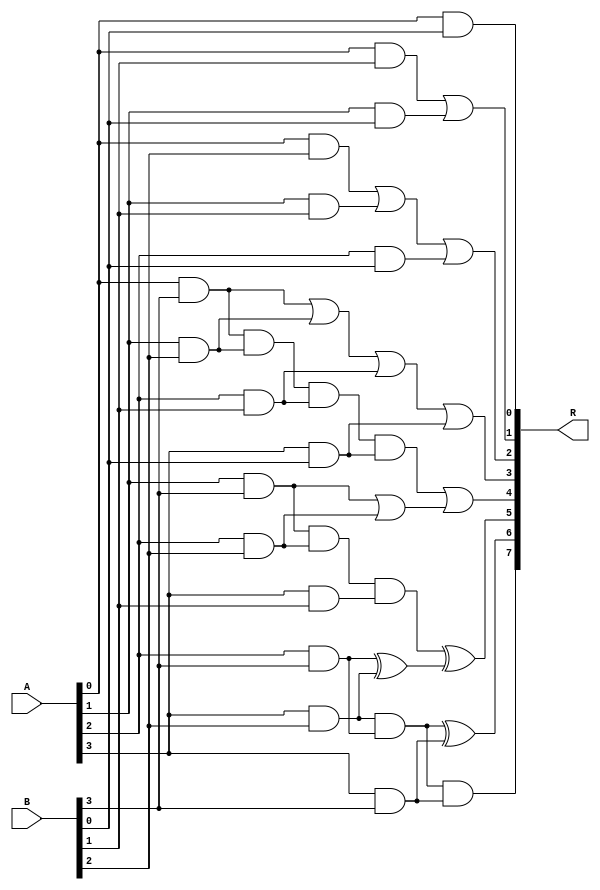
// MIT License
// 
// Copyright (c) 2021-2024 iCAS Lab
// 
// Permission is hereby granted, free of charge, to any person obtaining a copy
// of this software and associated documentation files (the "Software"), to deal
// in the Software without restriction, including without limitation the rights
// to use, copy, modify, merge, publish, distribute, sublicense, and/or sell
// copies of the Software, and to permit persons to whom the Software is
// furnished to do so, subject to the following conditions:
// 
// The above copyright notice and this permission notice shall be included in all
// copies or substantial portions of the Software.
// 
// THE SOFTWARE IS PROVIDED "AS IS", WITHOUT WARRANTY OF ANY KIND, EXPRESS OR
// IMPLIED, INCLUDING BUT NOT LIMITED TO THE WARRANTIES OF MERCHANTABILITY,
// FITNESS FOR A PARTICULAR PURPOSE AND NONINFRINGEMENT. IN NO EVENT SHALL THE
// AUTHORS OR COPYRIGHT HOLDERS BE LIABLE FOR ANY CLAIM, DAMAGES OR OTHER
// LIABILITY, WHETHER IN AN ACTION OF CONTRACT, TORT OR OTHERWISE, ARISING FROM,
// OUT OF OR IN CONNECTION WITH THE SOFTWARE OR THE USE OR OTHER DEALINGS IN THE
// SOFTWARE.

// Company: iCAS Lab, University of South Carolina
// Design Name: 
// Module Name: EIM4x4
// Project Name: 
// Target Devices: 
// Tool Versions: 
// Description: 
// 
// Dependencies: 
// 
// Revision:
// Revision 0.01 - File Created
// Additional Comments:
// 
//////////////////////////////////////////////////////////////////////////////////



`timescale 1ns / 1ps

module EIM4x4 #(parameter WIDTH = 4)
(
input	wire	[WIDTH-1:0]		A,B,
output	wire	[2*WIDTH-1:0]		R
);

wire	anding_A0_B3 ;
wire anding_A1_B3, anding_A2_B3, anding_A3_B3, anding_A3_B0, anding_A3_B1, anding_A3_B2, anding_A1_B2, anding_A2_B1, anding_A2_B2, anding_A3_B2_A2_B3;
assign anding_A0_B3 = A[0] & B[3] ;
assign anding_A1_B3 = A[1] & B[3] ;
assign anding_A2_B3 = A[2] & B[3] ;
assign anding_A3_B3 = A[3] & B[3] ;

assign anding_A3_B0 = A[3] & B[0] ;
assign anding_A3_B1 = A[3] & B[1] ;
assign anding_A3_B2 = A[3] & B[2] ;

assign anding_A1_B2 = A[1] & B[2] ;
assign anding_A2_B1 = A[2] & B[1] ;


assign anding_A2_B2 = A[2] & B[2] ;


assign anding_A3_B2_A2_B3 = anding_A3_B2 & anding_A2_B3 ;

assign R[0] = A[0] & B[0] ;
assign R[1]	= (A[0] & B[1]) | (A[1] & B[0]) ;
assign R[2]	= (A[0] & B[2]) | (A[1] & B[1]) | (A[2] & B[0]) ;
assign R[3]	= anding_A0_B3 | anding_A1_B2 | anding_A2_B1 | anding_A3_B0 ;
assign R[4]	= (anding_A0_B3 & anding_A1_B2 & anding_A2_B1 & anding_A3_B0) | (anding_A1_B3 | anding_A2_B2);
assign R[5]	= (anding_A1_B3 & anding_A2_B2 & anding_A3_B1) ^ ( anding_A2_B3 ^ anding_A3_B2);
assign R[6]	= anding_A3_B2_A2_B3 ^ anding_A3_B3 ;
assign R[7]	= anding_A3_B2_A2_B3 & anding_A3_B3;

endmodule